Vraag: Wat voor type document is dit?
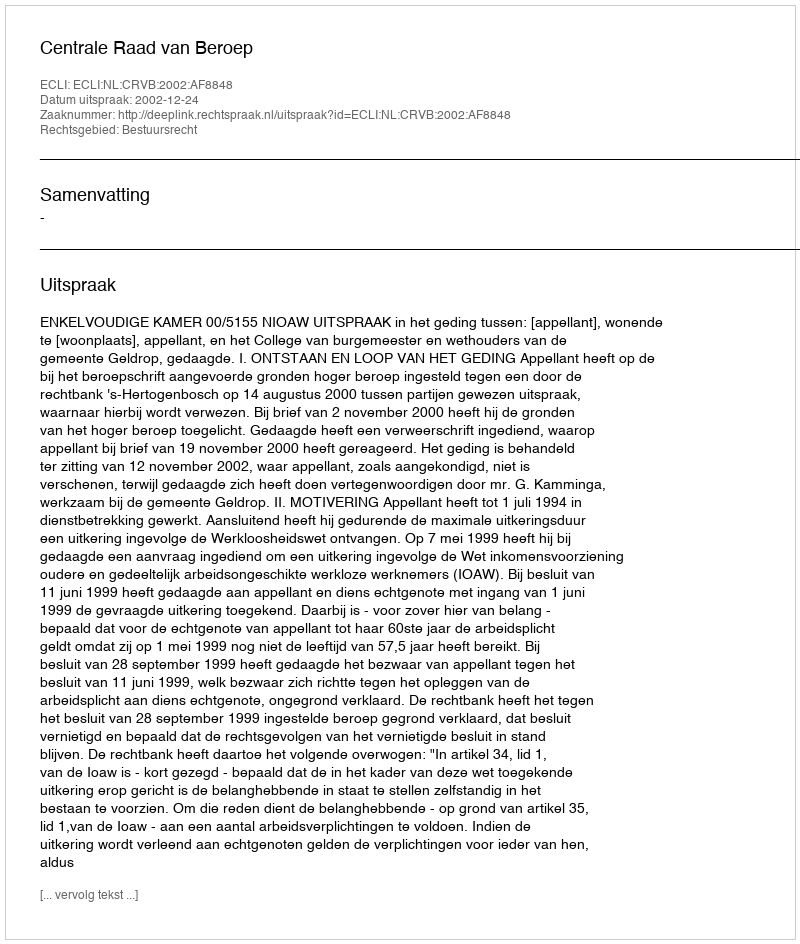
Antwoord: Uitspraak